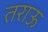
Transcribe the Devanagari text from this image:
तराऊ